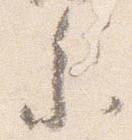
参